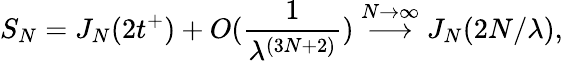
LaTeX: S_{N}=J_{N}(2t^{+})+O(\frac{1}{\lambda^{(3N+2)}})\stackrel{N\rightarrow\infty}{\longrightarrow}J_{N}(2N/\lambda),